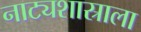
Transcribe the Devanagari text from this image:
नाट्यशास्राला